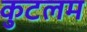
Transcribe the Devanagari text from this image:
कुटलम